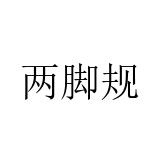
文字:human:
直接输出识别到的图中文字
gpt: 两脚规